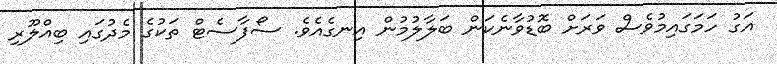
އަގު ހަމަގައިމުވެސް ވަރަށް ބޮޑުވާނެކަން ބަލާލުމުން އިނގެއެވެ. ސޯފާސެޓް ތަކުގެ މެދުގައި ބިއްލޫރި